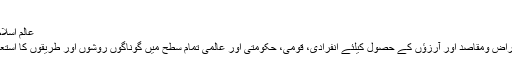
اتوار, اکتوبر 26, 2014 10:46
عالم اسلام کے اغراض ومقاصد اور آرزوئیں
حضرت امامؒ نے عالم اسلام کے اغراض ومقاصد اور آرزؤں کے حصول کیلئے انفرادی، قومی، حکومتی اور عالمی تمام سطح میں گوناگوں روشوں اور طریقوں کا استعمال کیا ہے، منجملہ عوامی بیداری۔